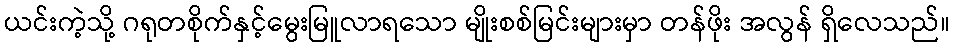
ယင်းကဲ့သို့ ဂရုတစိုက်နှင့်မွေးမြူလာရသော မျိုးစစ်မြင်းများမှာ တန်ဖိုး အလွန် ရှိလေသည်။